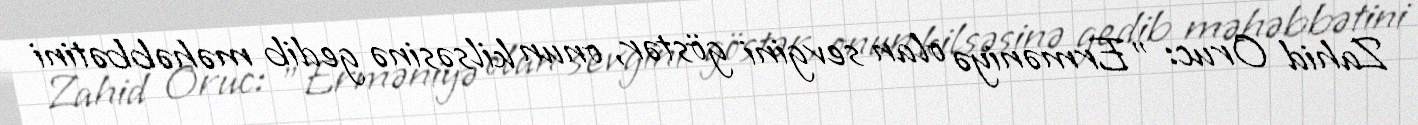
Zahid Oruc: ”Erməniyə olan sevgini göstər, onun kilsəsinə gedib məhəbbətini